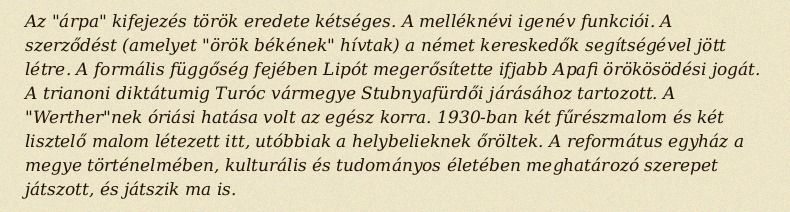
Az "árpa" kifejezés török eredete kétséges. A melléknévi igenév funkciói. A szerződést (amelyet "örök békének" hívtak) a német kereskedők segítségével jött létre. A formális függőség fejében Lipót megerősítette ifjabb Apafi örökösödési jogát. A trianoni diktátumig Turóc vármegye Stubnyafürdői járásához tartozott. A "Werther"nek óriási hatása volt az egész korra. 1930-ban két fűrészmalom és két lisztelő malom létezett itt, utóbbiak a helybelieknek őröltek. A református egyház a megye történelmében, kulturális és tudományos életében meghatározó szerepet játszott, és játszik ma is.